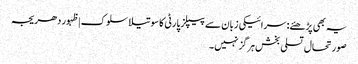
یہ بھی پڑھئے: سرائیکی زبان سے پیپلز پارٹی کا سوتیلا سلوک | ظہور دھریجہ
صورتحال تسلی بخش ہرگز نہیں۔